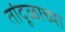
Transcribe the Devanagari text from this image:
तांदूळाच्या